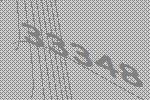
33348